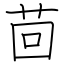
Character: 茴